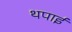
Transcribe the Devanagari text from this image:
थपाई